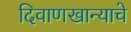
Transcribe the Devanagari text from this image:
दिवाणखान्याचे